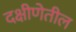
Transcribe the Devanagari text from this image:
दक्षीणेतील